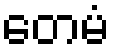
တေမံ